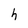
Character: h